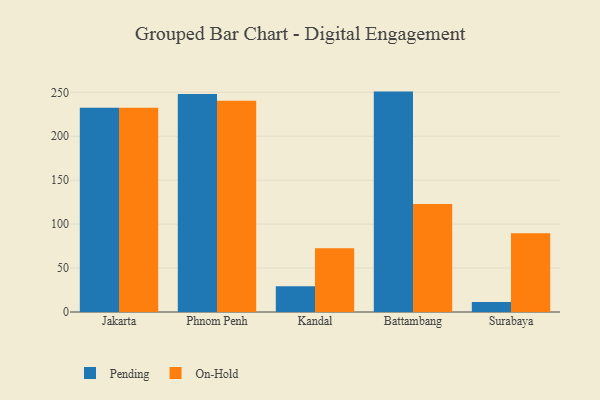
{"axis": {"x": "City", "y": "Shipments"}, "legend": ["On-Hold", "Pending"], "data": [{"x": "Jakarta", "y": 232.4, "type": "Pending"}, {"x": "Jakarta", "y": 232.4, "type": "On-Hold"}, {"x": "Phnom Penh", "y": 248.2, "type": "Pending"}, {"x": "Phnom Penh", "y": 240.3, "type": "On-Hold"}, {"x": "Kandal", "y": 29.3, "type": "Pending"}, {"x": "Kandal", "y": 72.6, "type": "On-Hold"}, {"x": "Battambang", "y": 250.8, "type": "Pending"}, {"x": "Battambang", "y": 123.0, "type": "On-Hold"}, {"x": "Surabaya", "y": 11.3, "type": "Pending"}, {"x": "Surabaya", "y": 89.7, "type": "On-Hold"}]}